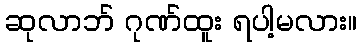
ဆုလာဘ် ဂုဏ်ထူး ရပါ့မလား။